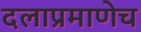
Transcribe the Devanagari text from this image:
दलाप्रमाणेच